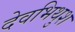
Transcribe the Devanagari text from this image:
देवभिथुश